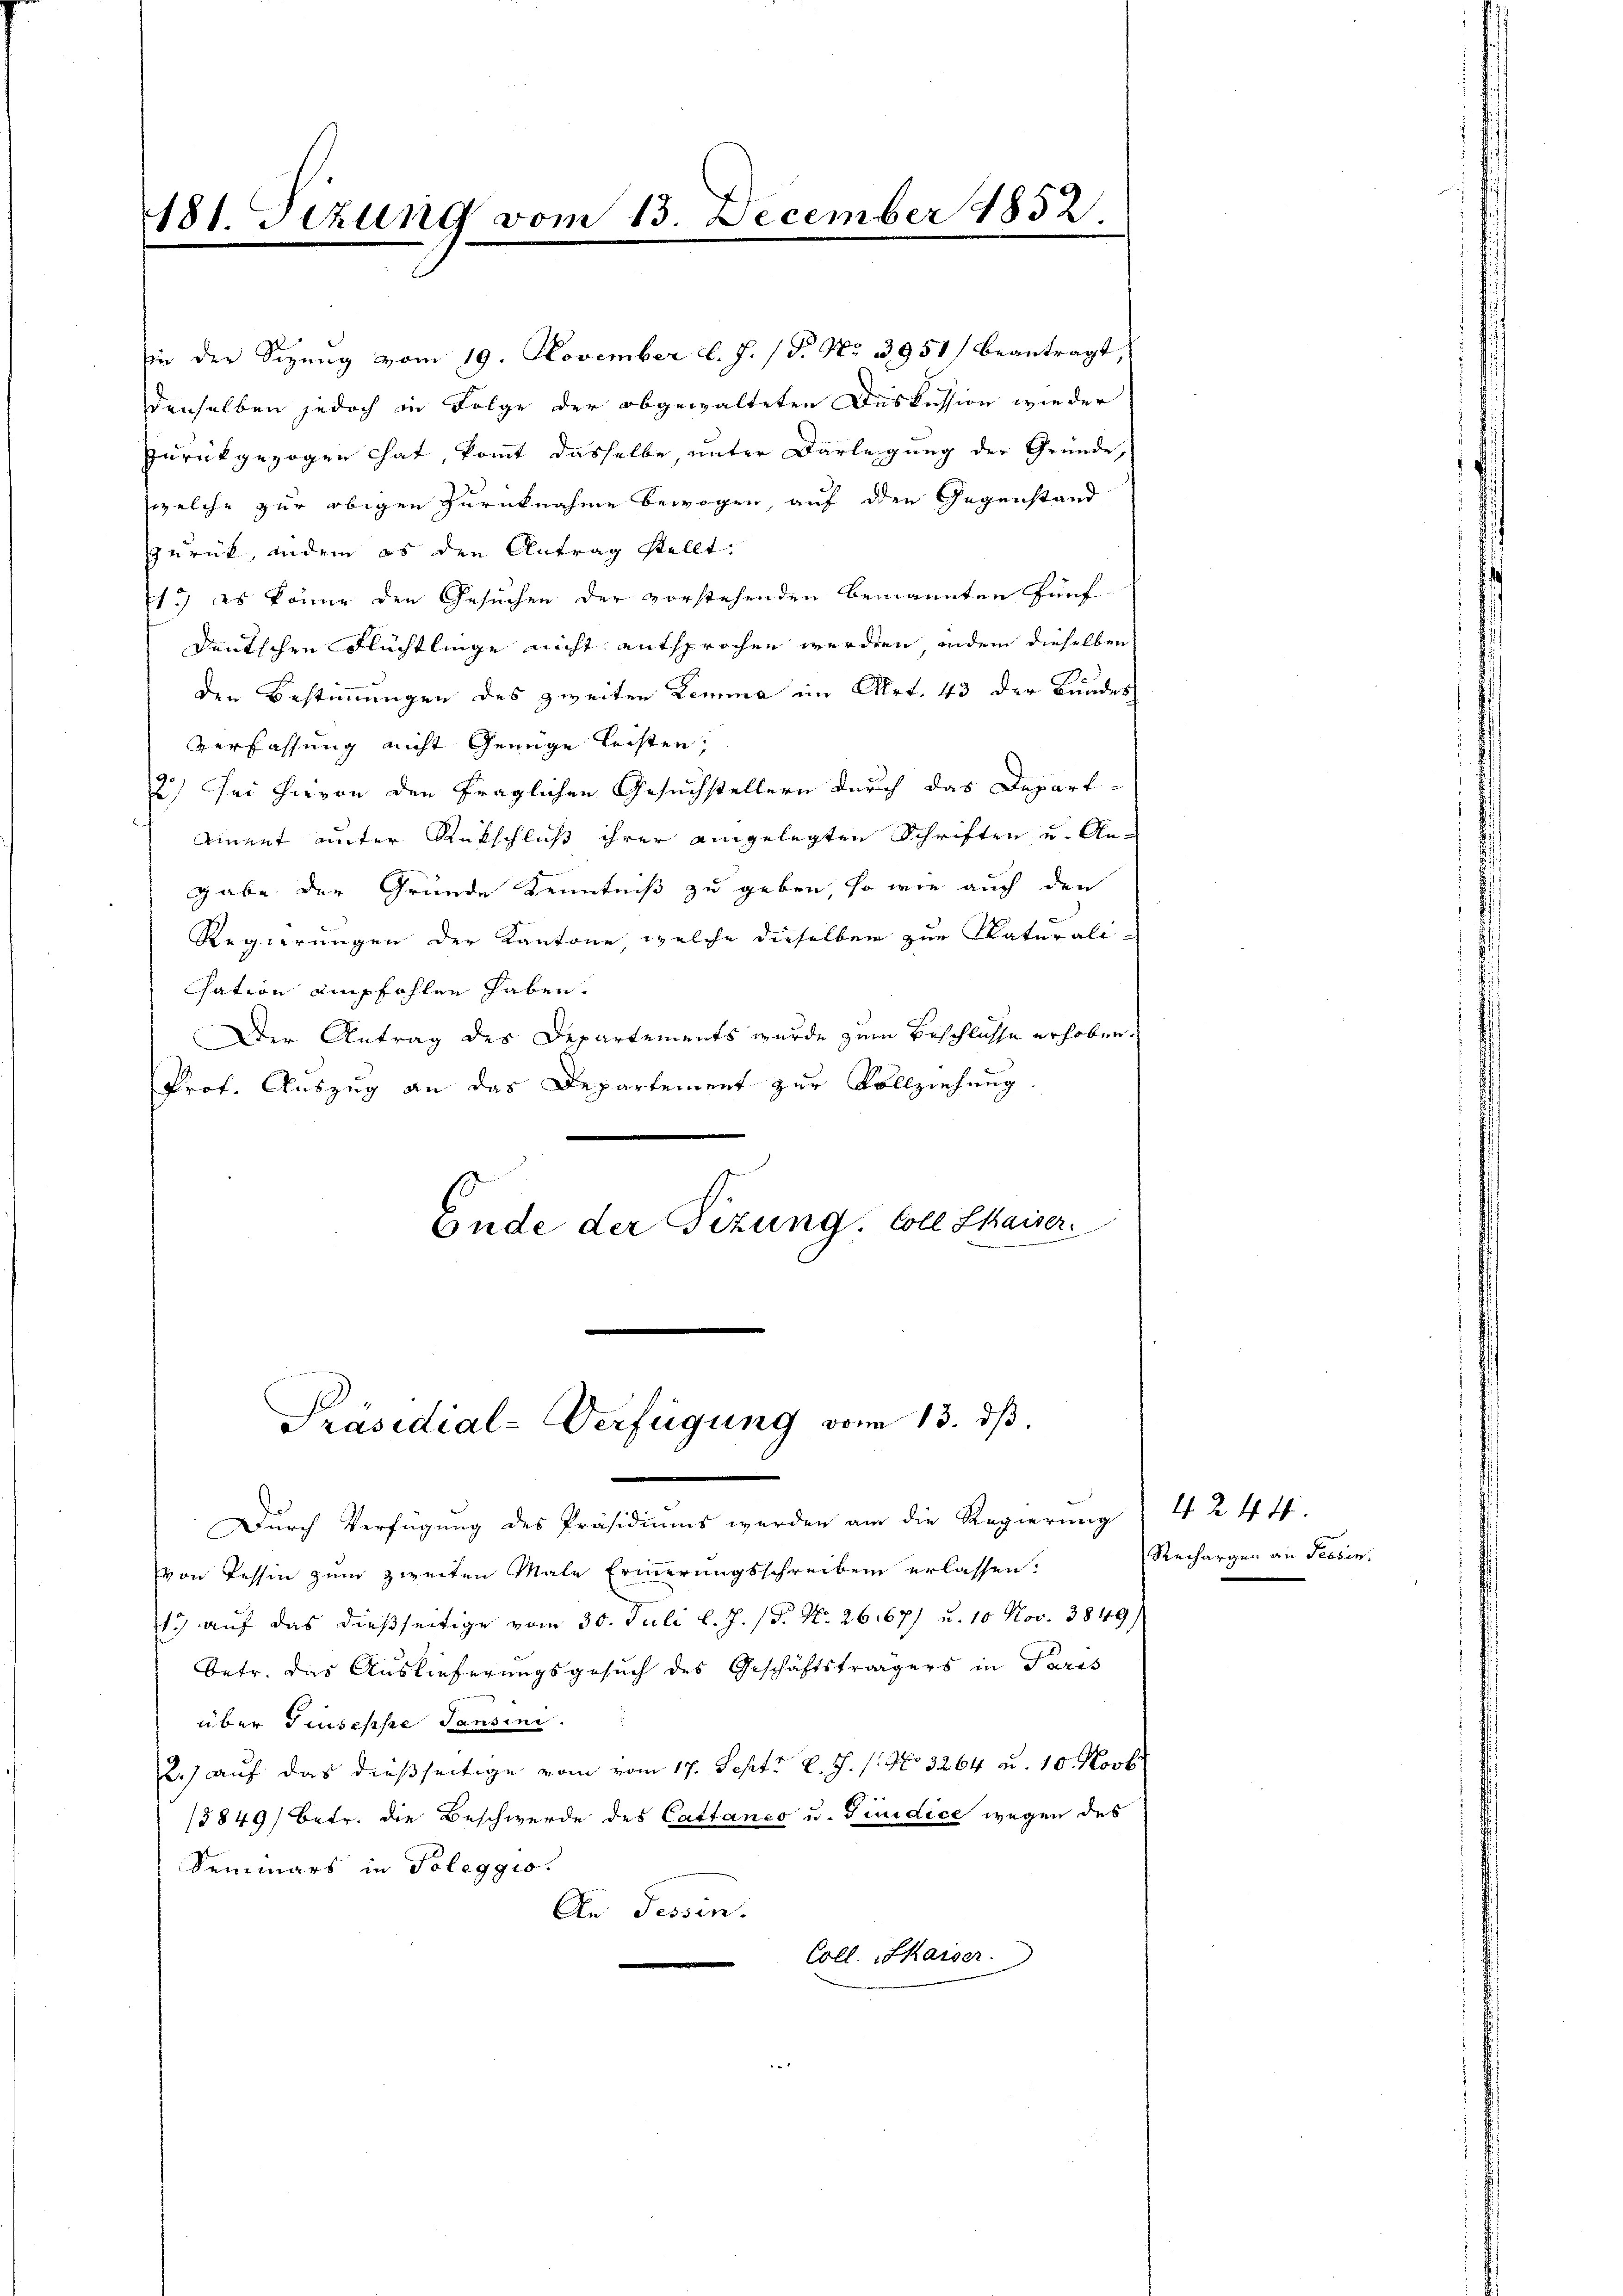
181. Sizung vom 13. December 1852.

in der Sitzung vom 19. November l. J. (T. No. 3951/ beantragt,
denselben jedoch in Folge der abgewalteten Diskussion wieder
zurückgezogen hat, kommt dasselbe, unter Darlegung der Gründe,
welche zur obigen zurücknahme bewogen, auf den Gegenstand
zurück, indem es den Antrag stellt:
p) es könne den Gesuchen der vorstehenden benannten fünf-
deutschen Flüchtlinge nicht entsprochen werden, indem dieselben
den Bestimmungen des zweiten Lemma im Art. 43 der Bundes
Verfassung nicht Genüge leisten,
2) Sei hievon den fraglichen Gesuchstellern durch das Depart¬
Aiment unter Rükschluß ihrer aingelegten Schriften und Angabe der Gründe Kenntniß zu geben, so wie auch den
Regierungen der Kantone welche dieselben zur Naturali-
sation empfohlen haben.
Der Antrag des Departements wurde zum Beschlüsse erhoben.
Prof. Auszug an das Departement zur Vollziehung.
Ende der Fezung. Coll Chaiser.
e

Präsidial-Verfügung vom 13. dß.

Durch Verfügung des Präsidiums werden am die Regierung
von Tessin zum zweiten Male Erinerungsschreiben erlassen.
1) auf das dießseitige vom 30. Juli l. J. (T. No. 26167) u. 10 Nov. 3849,
Betr. das Auslieferungsgesuch des Geschäftsträgers in Paris
über Piuseppe Tansini.
2.) auf das dießseitige vom vom 17. Sept. l. J. /: No 3264 u. 10. Novb
/3849/ betr. die Beschwerde des Cattanco u. Findice wegen des
Seimars in Poleggio.
An Tessin.
Coll. Kaiser.

424 f.
Rechargen an Tiesen.